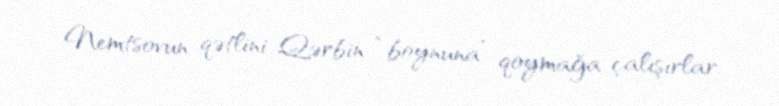
Nemtsovun qətlini Qərbin “boynuna” qoymağa çalışırlar.